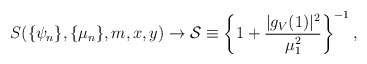
\begin{align*}S(\{\psi_n\},\{\mu_n\},m,x,y)\rightarrow {\cal S}\equiv \left\{1+\frac{|g_V(1)|^2}{\mu_1^2}\right\}^{-1}, \end{align*}